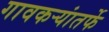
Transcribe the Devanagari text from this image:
गावकऱ्यांतर्फे